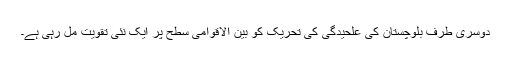
دوسری طرف بلوچستان کی علحیدگی کی تحریک کو بین الاقوامی سطح پر ایک نئی تقویت مل رہی ہے۔